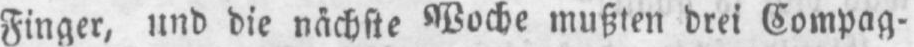
Finger, und die nächste Woche mußten drei Compag-